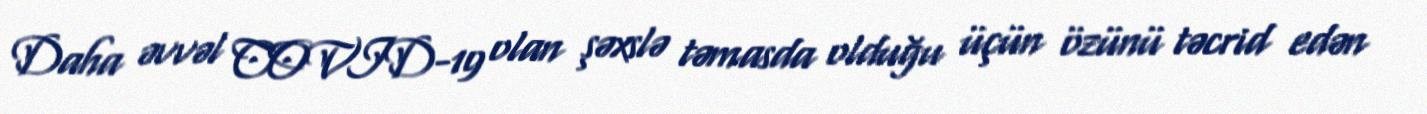
Daha əvvəl COVID-19 olan şəxslə təmasda olduğu üçün özünü təcrid edən